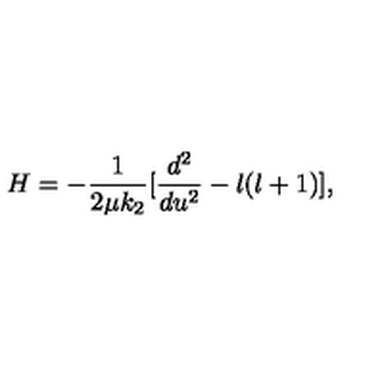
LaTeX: H = - \frac { 1 } { 2 \mu k _ { 2 } } [ \frac { d ^ { 2 } } { d u ^ { 2 } } - l ( l + 1 ) ] ,